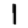
Digit: 1